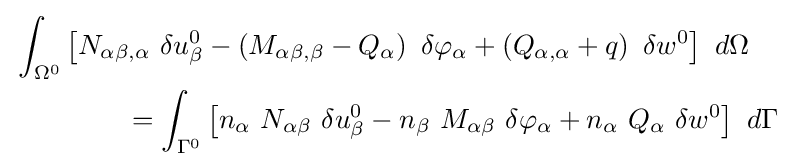
{\begin{aligned}&\int _{\Omega ^{0}}\left[N_{\alpha \beta ,\alpha }~\delta u_{\beta }^{0}-\left(M_{\alpha \beta ,\beta }-Q_{\alpha }\right)~\delta \varphi _{\alpha }+\left(Q_{\alpha ,\alpha }+q\right)~\delta w^{0}\right]~d\Omega \\&\qquad \qquad =\int _{\Gamma ^{0}}\left[n_{\alpha }~N_{\alpha \beta }~\delta u_{\beta }^{0}-n_{\beta }~M_{\alpha \beta }~\delta \varphi _{\alpha }+n_{\alpha }~Q_{\alpha }~\delta w^{0}\right]~d\Gamma \end{aligned}}